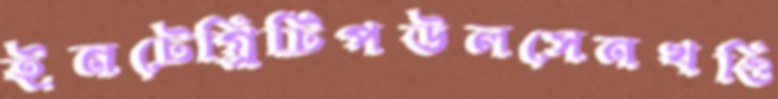
ইনটেগ্রিটিপউলসেনখণ্ডি